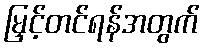
မြှင့်တင်ရန်အတွက်